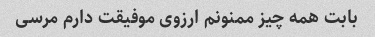
بابت همه چیز ممنونم ارزوی موفیقت دارم مرسی